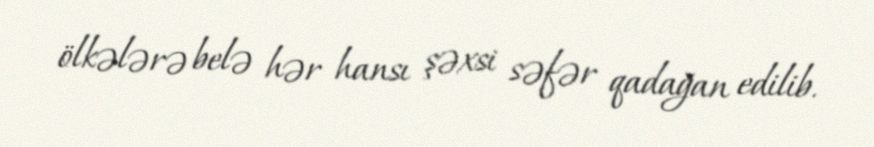
ölkələrə belə hər hansı şəxsi səfər qadağan edilib.